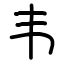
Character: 韦